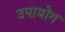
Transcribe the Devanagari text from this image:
उपायोग